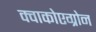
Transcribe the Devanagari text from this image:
क्वाकोएग्रोन